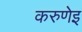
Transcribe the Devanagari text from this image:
करुणेइ